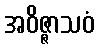
အဝိဇ္ဇာသဝံ